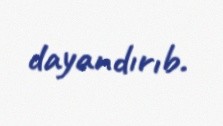
dayandırıb.